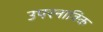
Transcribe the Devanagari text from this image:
उपरनाविक